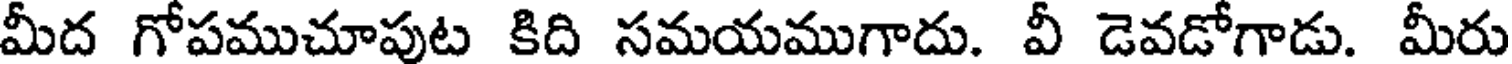
మీద గోపముచూపుట కిది సమయముగాదు. వీ డెవడోగాడు. మీరు